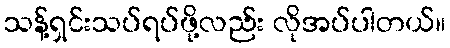
သန့်ရှင်းသပ်ရပ်ဖို့လည်း လိုအပ်ပါတယ်။